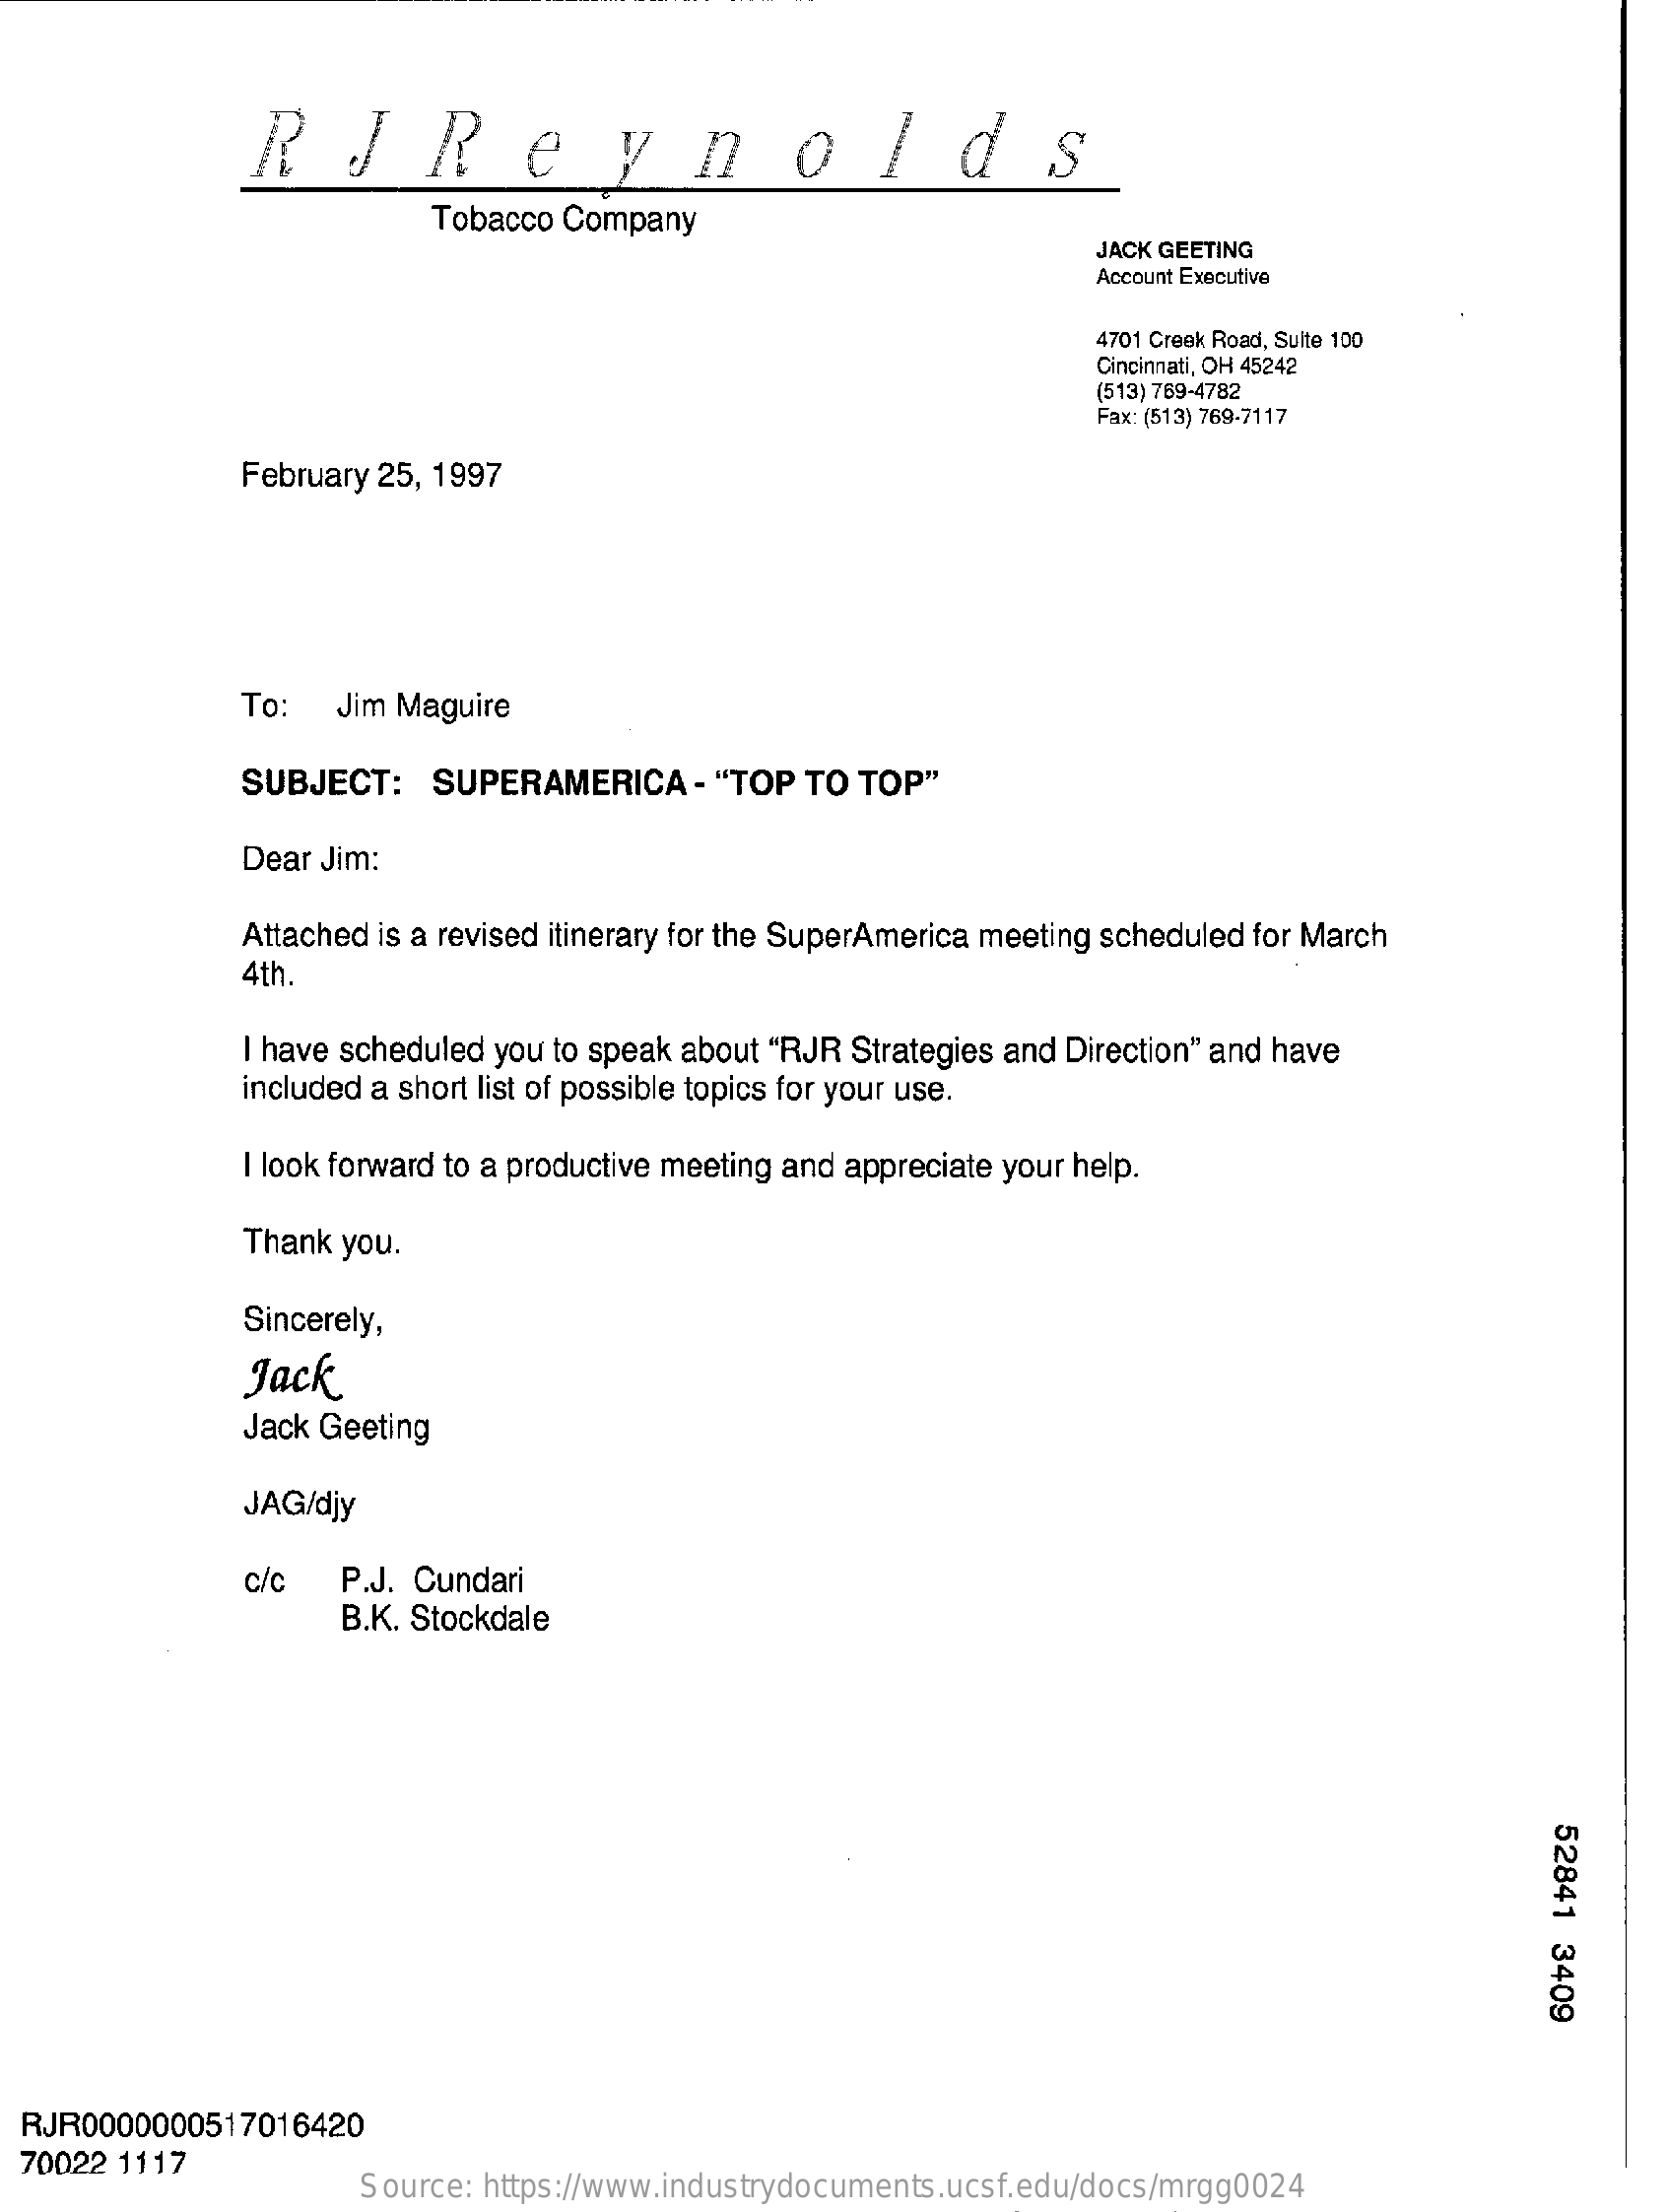
RJReynolds
     Tobacco Company
     JACK GEETING
     Account Executive
     4701 Creek Road, Sulte 100
     Cincinnati, OH 45242
     (513) 769-4782
     Fax: (513) 769-7117
     February 25, 1997
     To:  Jim Maguire
     SUBJECT:   SUPERAMERICA    - "TOP TO TOP"
     Dear Jim:
     Attached is a revised itinerary for the SuperAmerica meeting scheduled for March
     4th.
     I have scheduled you to speak about "RJR Strategies and Direction" and have
     included a short list of possible topics for your use.
     I look forward to a productive meeting and appreciate your help.
     Thank you.
     Sincerely,
     Jack
     Jack Geeting
     JAG/djy
     c/c   P.J. Cundari
     B.K. Stockdale
     52841
     3409
  RJR0000000517016420
  70022 1117
     Source: https://www.industrydocuments.ucsf.edu/docs/mrgg0024